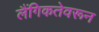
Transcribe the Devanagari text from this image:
लैंगिकतेवरून